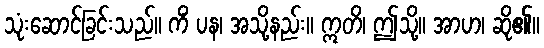
သုံးဆောင်ခြင်းသည်။ ကိံ ပန၊ အသို့နည်း။ ဣတိ၊ ဤသို့။ အာဟ၊ ဆို၏။